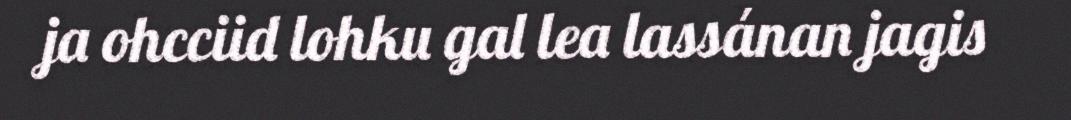
ja ohcciid lohku gal lea lassánan jagis